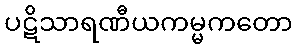
ပဋိသာရဏီယကမ္မကတော